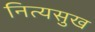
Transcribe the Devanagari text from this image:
नित्यसुख